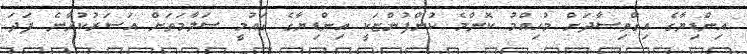
އިންޑިޔާގެ އިގްތިސާދަށް މުހިއްމު ކޮންމެ ކުންފުންޏަކީ އިންޑިޔާގެ ގައުމީ ސަލާމަތަށް އަސަރުކުރާނެ ފަދަ